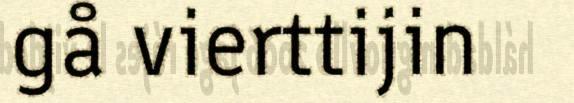
gå vierttijin